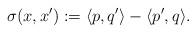
LaTeX: \begin{align*}\sigma(x, x'):=\langle p, q'\rangle-\langle p', q\rangle.\end{align*}